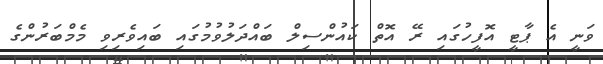
ވަނީ އެ ޕާޓީ އޮފީހުގައި ރޭ އޮތް ކައުންސިލް ބައްދަލުވުމުގައި ބައިވެރިވި މެމްބަރުންގެ